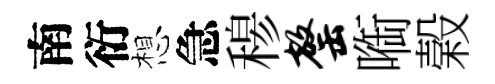
南衍想急𥠇罄㗸榖